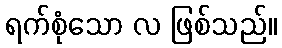
ရက်စုံသော လ ဖြစ်သည်။